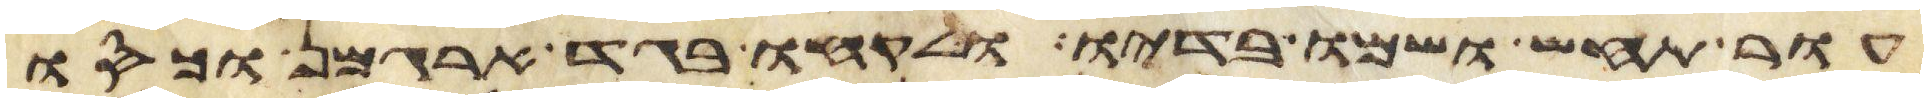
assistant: עור תחש ושמו בדיו ולקחו בגד ארגמן וכסו